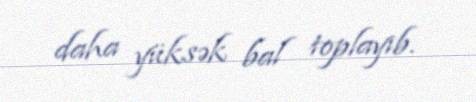
daha yüksək bal toplayıb.